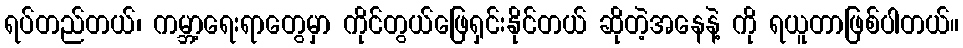
ရပ်တည်တယ်၊ ကမ္ဘာ့ရေးရာတွေမှာ ကိုင်တွယ်ဖြေရှင်းနိုင်တယ် ဆိုတဲ့အနေနဲ့ ကို ရယူတာဖြစ်ပါတယ်။